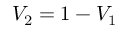
V _ { 2 } = 1 - V _ { 1 }